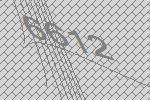
6612